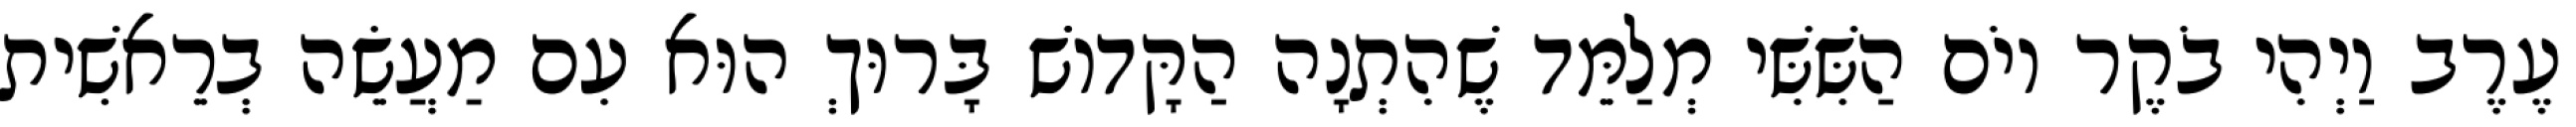
עֶרֶב וַיְהִי בֹקֶר יוֹם הַשִּׁשִּׁי מְלַמֵּד שֶׁהִתְנָה הַקָּדוֹשׁ בָּרוּךְ הוּא עִם מַעֲשֵׂה בְרֵאשִׁית